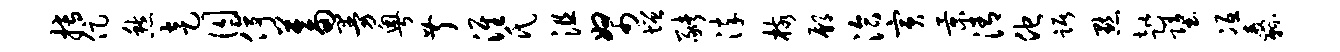
搏促愁走囚停蓄曼粤叔淮氏沮帑增猪淬核鄢洽寅景清他踞默趑堕冱纛